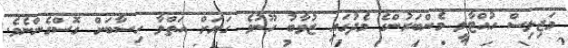
މަޖިލިސް ހުއްޓާލީ މެންބަރުންގެ މެދުގައި ޒުވާބު ހޫނުވެ ގަޔަށް އަތްލާ ހިސާބަށް ގޮސްގެންނެވެ.